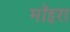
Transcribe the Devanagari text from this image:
मॉइरा